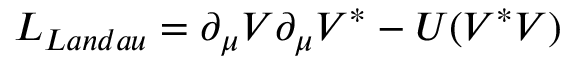
L _ { L a n d a u } = \partial _ { \mu } V \partial _ { \mu } V ^ { * } - U ( V ^ { * } V )